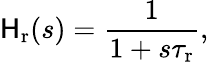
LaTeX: \mathsf{H}_{\mathrm{{r}}}(s)=\frac{{1}}{{1+s\tau_{\mathrm{{r}}}}},